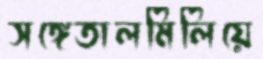
সঙ্গেতালমিলিয়ে